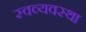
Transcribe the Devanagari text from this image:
स्वव्यवस्था